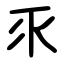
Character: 乑